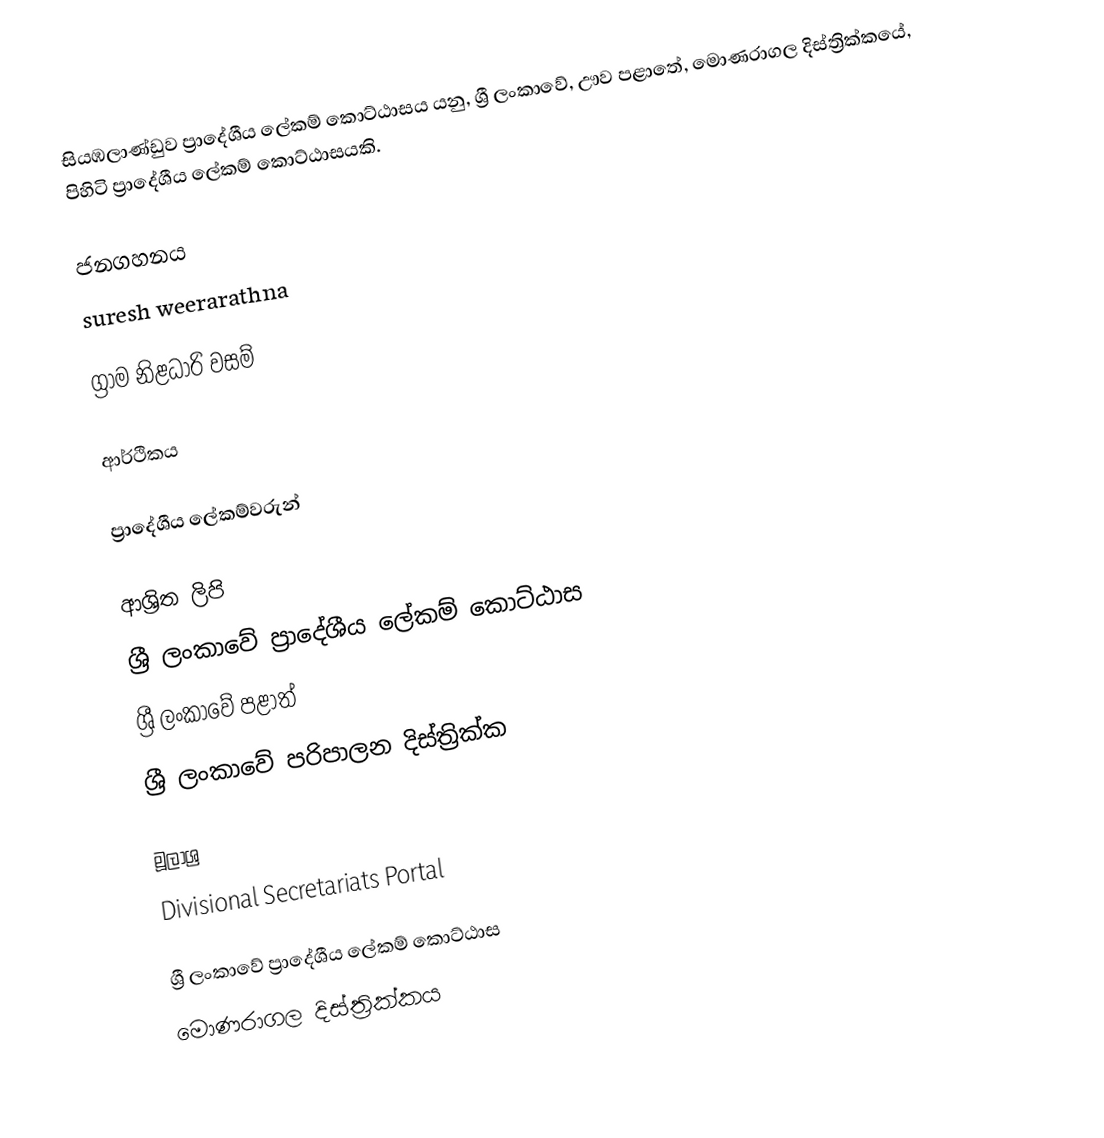
සියඹලාණ්ඩුව ප්‍රාදේශීය ලේකම් කොට්ඨාසය යනු,  ශ්‍රී ලංකාවේ, ඌව පළාතේ,   මොණරාගල දිස්ත්‍රික්කයේ, පිහිටි ප්‍රාදේශීය ලේකම් කොට්ඨාසයකි.

ජනගහනය
suresh weerarathna

ග්‍රාම නිළධාරි වසම්

ආර්ථිකය

ප්‍රාදේශීය ලේකම්වරුන්

ආශ්‍රිත ලිපි
ශ්‍රී ලංකාවේ ප්‍රාදේශීය ලේකම් කොට්ඨාස
ශ්‍රී ලංකාවේ පළාත්
ශ්‍රී ලංකාවේ පරිපාලන දිස්ත්‍රික්ක

මූලාශ්‍ර
 Divisional Secretariats Portal

ශ්‍රී ලංකාවේ ප්‍රාදේශීය ලේකම් කොට්ඨාස
මොණරාගල දිස්ත්‍රික්කය